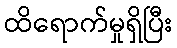
ထိရောက်မှုရှိပြီး